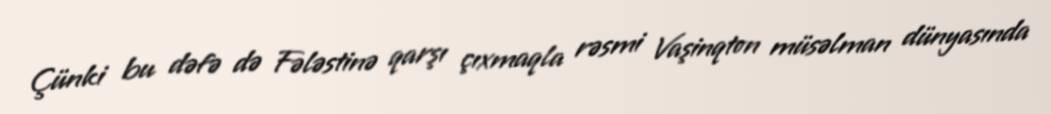
Çünki bu dəfə də Fələstinə qarşı çıxmaqla rəsmi Vaşinqton müsəlman dünyasında